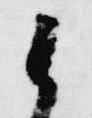
候